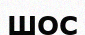
ШОС